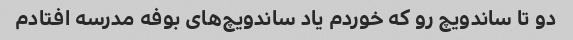
دو تا ساندویچ رو که خوردم یاد ساندویچ‌های بوفه مدرسه افتادم